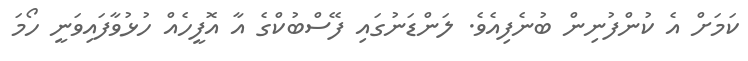
ކަމަށް އެ ކުންފުނިން ބުނެފިއެވެ. ލަންޑަނުގައި ފޭސްބުކްގެ އާ އޮފީހެއް ހުޅުވާފައިވަނީ ހޯމަ